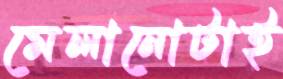
মেলানোটাই